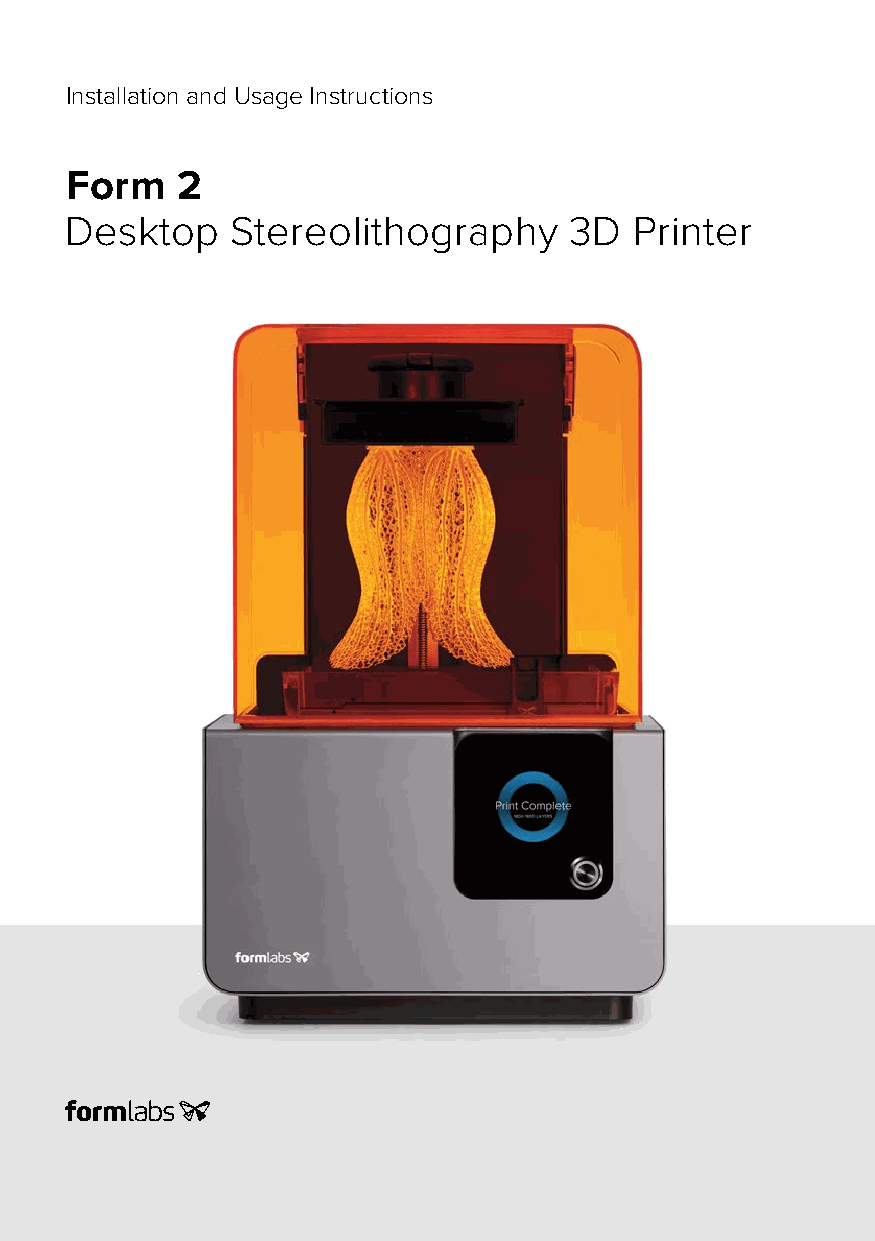
Installation and Usage Instructions
 Form    2
 Desktop    Stereolithography      3D  Printer